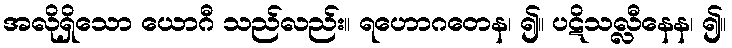
အလိုရှိသော ယောဂီ သည်လည်း။ ရဟောဂတေန၊ ၍။ ပဋိသလ္လီနေန၊ ၍။